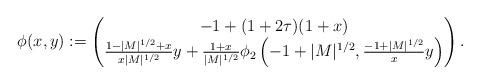
LaTeX: \begin{align*}\phi(x,y):=\begin{pmatrix}-1+(1+2\tau)(1+x)\\\frac{1-|M|^{1/2}+x}{x|M|^{1/2}} y + \frac{1+x}{|M|^{1/2}}\phi_2 \left(-1+|M|^{1/2},\frac{-1+|M|^{1/2}}{x}y\right)\end{pmatrix}.\end{align*}